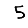
Digit: 5